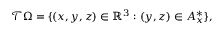
\mathcal T \Omega = \{ ( x , y , z ) \in \mathbb R ^ { 3 } : ( y , z ) \in A _ { x } ^ { \ast } \} ,